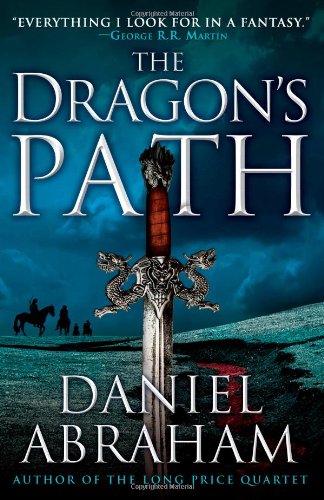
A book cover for The Dragon's Path (The Dagger and the Coin); Daniel Abraham; Science Fiction & Fantasy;